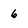
Character: 6